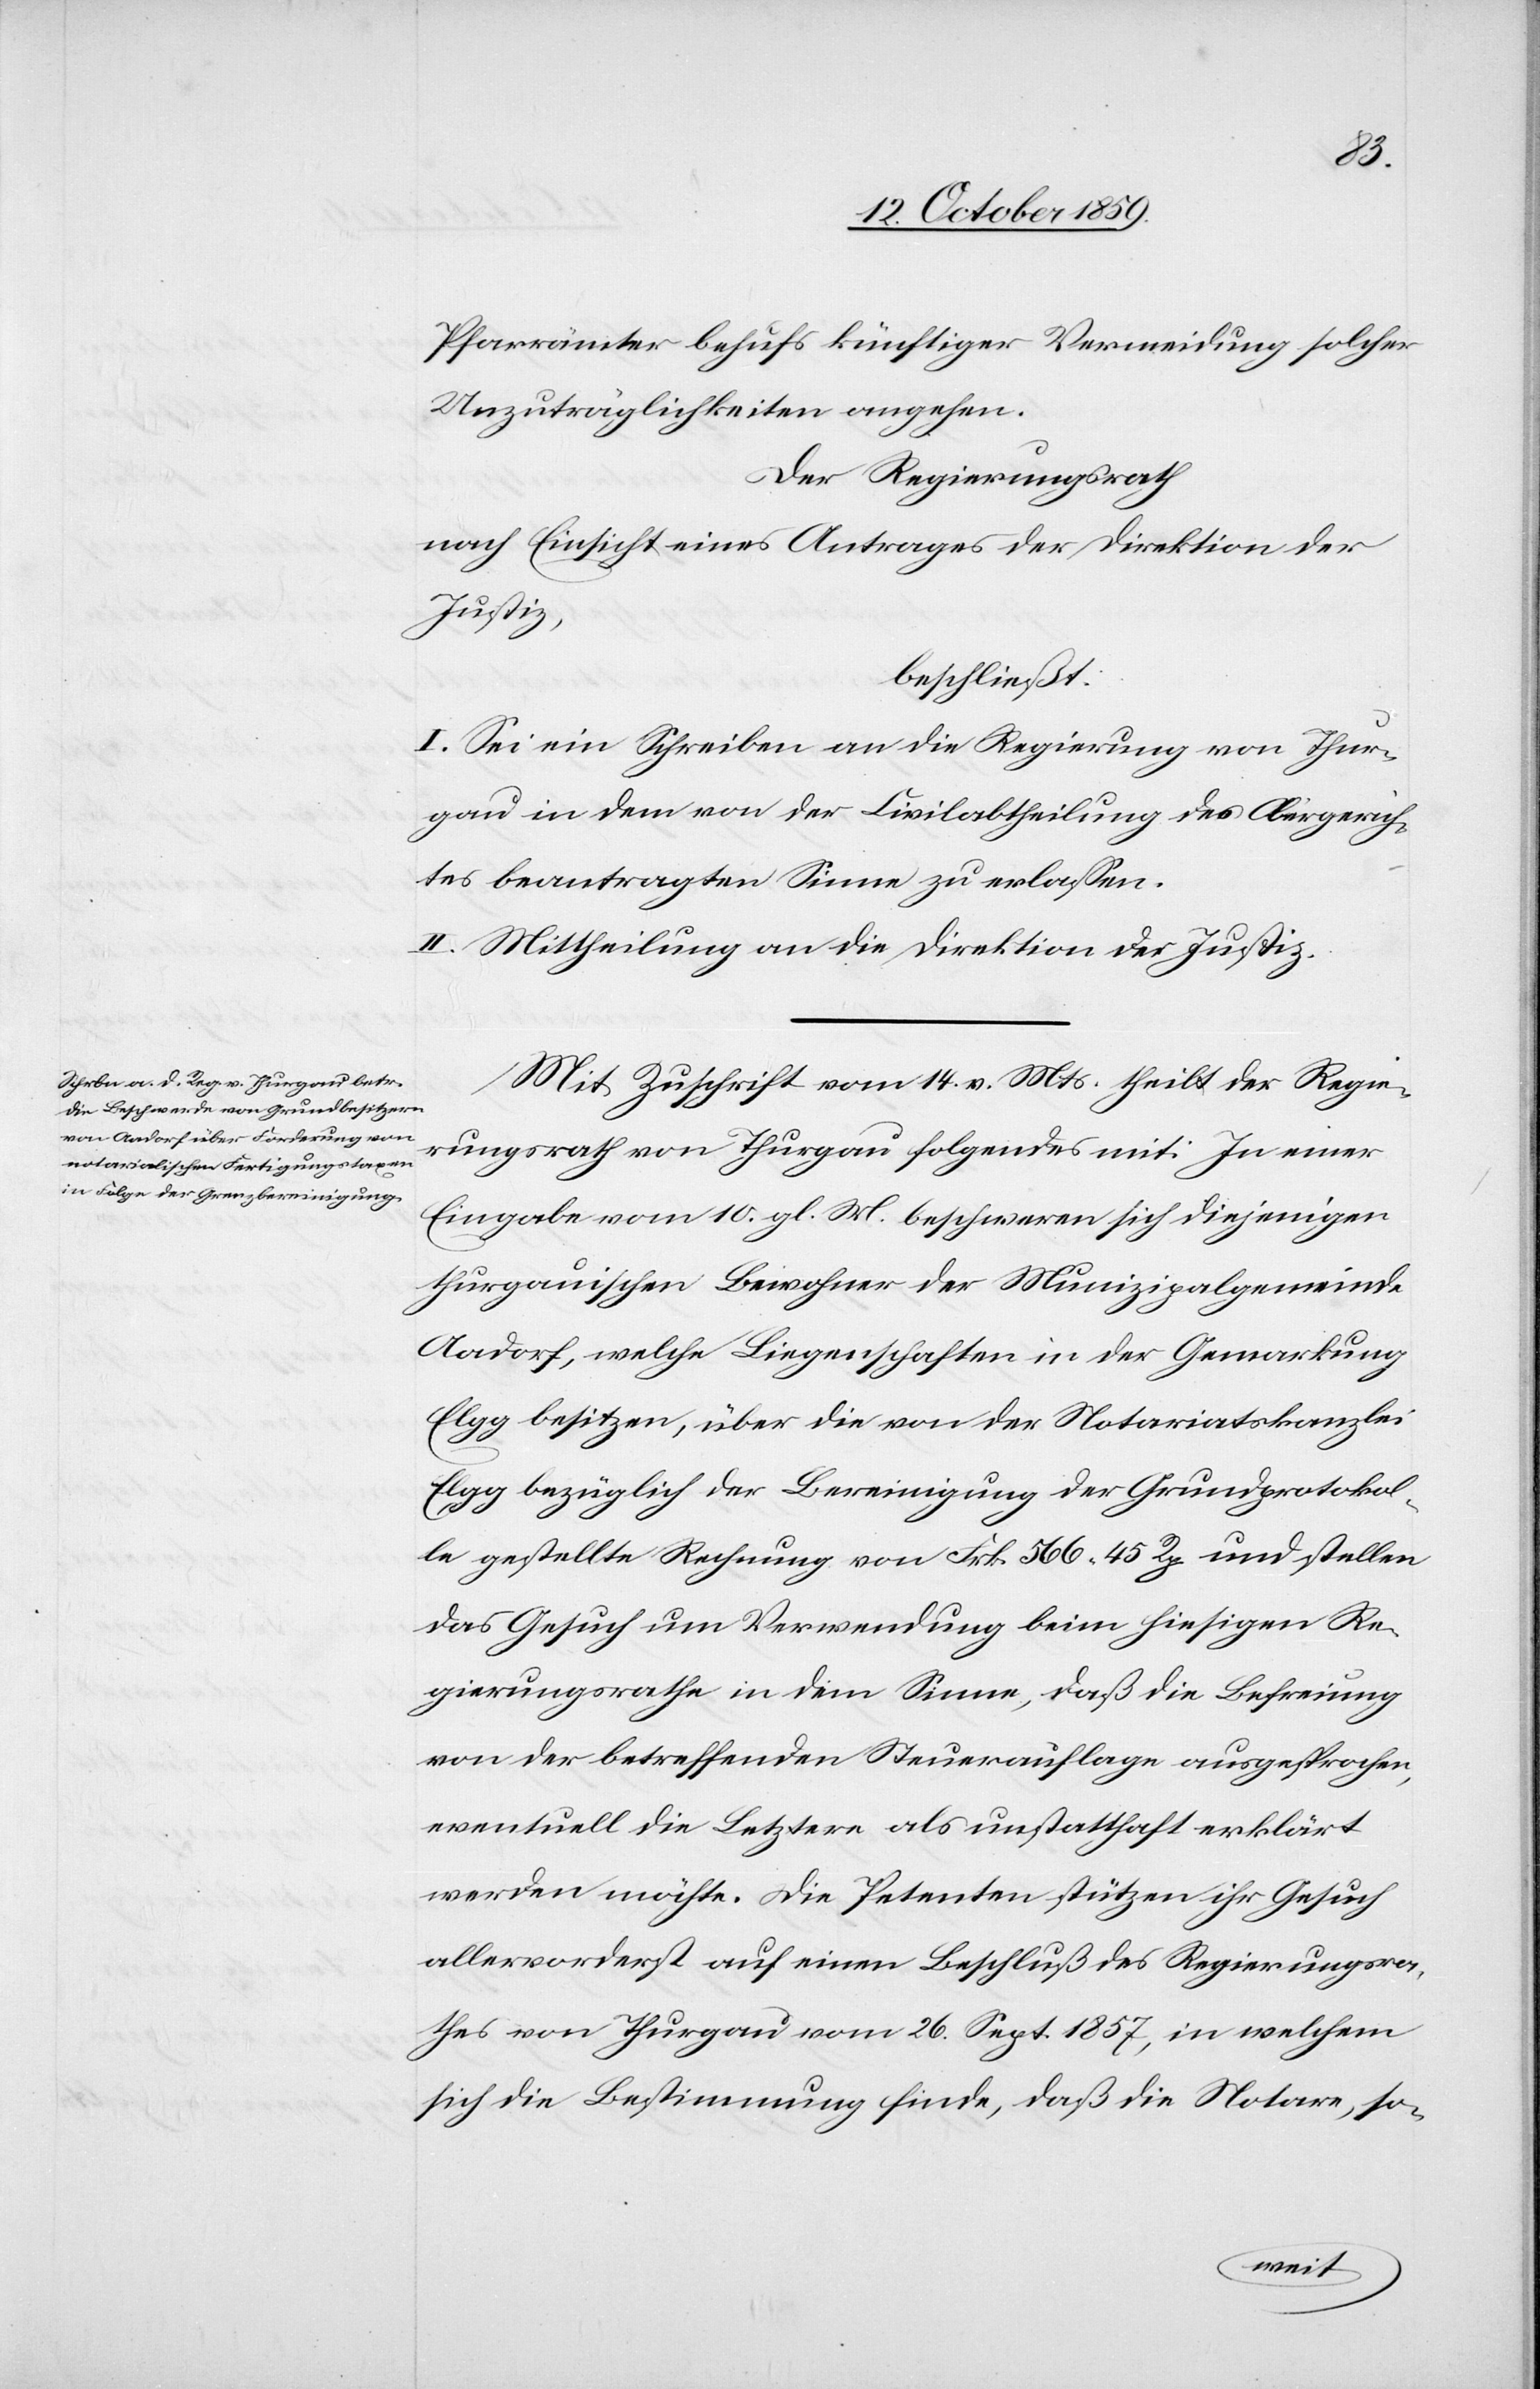
Pfarrämter behufs künftiger Vermeidung solcher
Unzuträglichkeiten angehen.
Der Regierungsrath
nach Einsicht eines Antrages der Direktion der
Justiz,
beschließt:
I. Sei ein Schreiben an die Regierung von Thur¬
gau in dem von der Civilabtheilung des Obergerich¬
tes beantragten Sinne zu erlassen.
II. Mittheilung an die Direktion der Justiz.
Mit Zuschrift vom 14. v. Mts. theilt der Regie¬
rungsrath von Thurgau folgendes mit: In einer
Eingabe vom 10. gl. M. beschweren sich diejenigen
thurgauischen Bewohner der Munizipalgemeinde
Aadorf, welche Liegenschaften in der Gemarkung
Elgg besitzen, über die von der Notariatskanzlei
Elgg bezüglich der Bereinigung der Grundprotokol¬
le gestellte Rechnung von Frk. 566 45 Rp und stellen
das Gesuch um Verwendung beim hiesigen Re¬
gierungsrathe in dem Sinne, daß die Befreiung
von der betreffenden Steuerauflage ausgesprochen,
eventuell die Letztere als unstatthaft erklärt
werden möchte. Die Petenten stützen ihr Gesuch
allervorderst auf einen Beschluß des Regierungsra¬
thes von Thurgau vom 26. Sept. 1857, in welchem
sich die Bestimmung finde, daß die Notare, so-